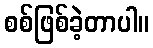
စစ်ဖြစ်ခဲ့တာပါ။